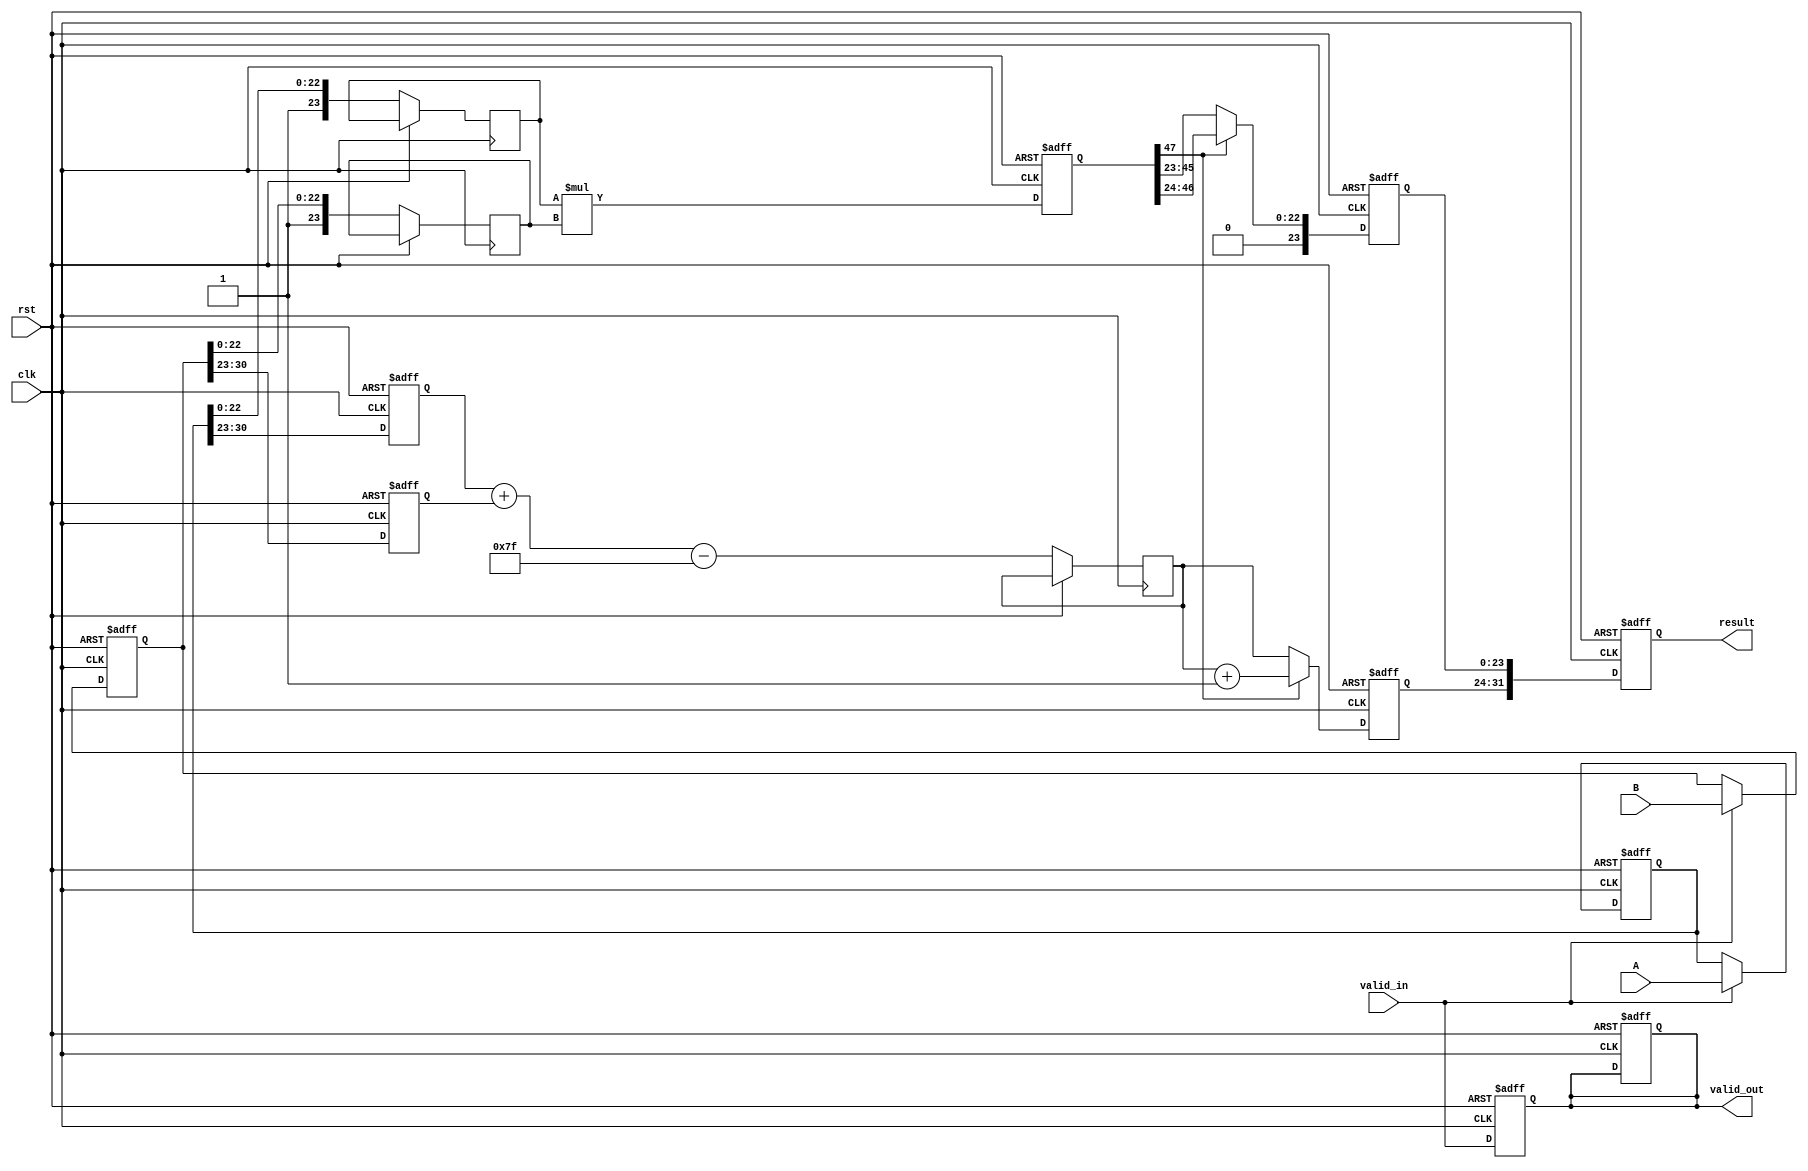
module Pipelined_FP_Multiplier (
    input clk,
    input rst,
    input valid_in,
    input [31:0] A, // Floating-point input A
    input [31:0] B, // Floating-point input B
    output reg valid_out,
    output reg [31:0] result // Floating-point output
);

    // Pipeline registers
    reg [31:0] A_reg, B_reg;
    reg sign_A, sign_B, sign_result;
    reg [7:0] exponent_A, exponent_B, exponent_result;
    reg [23:0] mantissa_A, mantissa_B, mantissa_result;
    reg [47:0] mantissa_mult; // 24 bits * 24 bits for mantissa multiplication
    reg [7:0] exponent_temp;
    reg [23:0] normalized_mantissa;
    reg round_bit;

    // Constants
    parameter BIAS = 127;

    // Stage 1: Input Preparation
    always @(posedge clk or posedge rst) begin
        if (rst) begin
            A_reg <= 0;
            B_reg <= 0;
            valid_out <= 0;
        end else if (valid_in) begin
            A_reg <= A;
            B_reg <= B;
        end
    end

    // Stage 2: Sign and Exponent Calculation
    always @(posedge clk or posedge rst) begin
        if (rst) begin
            sign_A <= 0;
            sign_B <= 0;
            exponent_A <= 0;
            exponent_B <= 0;
        end else begin
            sign_A <= A_reg[31];
            sign_B <= B_reg[31];
            exponent_A <= A_reg[30:23];
            exponent_B <= B_reg[30:23];
            sign_result <= sign_A ^ sign_B; // XOR for sign
            exponent_temp <= exponent_A + exponent_B - BIAS; // Exponent calculation
        end
    end

    // Stage 3: Mantissa Multiplication
    always @(posedge clk or posedge rst) begin
        if (rst) begin
            mantissa_result <= 0;
            mantissa_mult <= 0;
        end else begin
            mantissa_A <= {1'b1, A_reg[22:0]}; // Implicit leading 1
            mantissa_B <= {1'b1, B_reg[22:0]}; // Implicit leading 1
            mantissa_mult <= mantissa_A * mantissa_B; // Mantissa multiplication
            mantissa_result <= mantissa_mult[47:24]; // Take the upper part for normalization
        end
    end

    // Stage 4: Normalization
    always @(posedge clk or posedge rst) begin
        if (rst) begin
            normalized_mantissa <= 0;
            exponent_result <= 0;
        end else begin
            if (mantissa_mult[47]) begin // If overflow
                normalized_mantissa <= mantissa_mult[46:24]; // Shift right and keep 24 bits
                exponent_result <= exponent_temp + 1; // Increase exponent
            end else begin
                normalized_mantissa <= mantissa_mult[45:23]; // Just take the bits
                exponent_result <= exponent_temp; // No change in exponent
            end
        end
    end

    // Stage 5: Rounding
    always @(posedge clk or posedge rst) begin
        if (rst) begin
            round_bit <= 0;
        end else begin
            round_bit <= mantissa_mult[23]; // Simple rounding (could be more complex)
        end
    end

    // Stage 6: Output Preparation
    always @(posedge clk or posedge rst) begin
        if (rst) begin
            result <= 0;
            valid_out <= 0;
        end else begin
            result <= {sign_result, exponent_result, normalized_mantissa};
            valid_out <= valid_in; // Indicate output is valid
        end
    end

endmodule